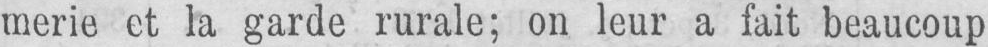
merie et la garde rurale; on leur a fait beaucoup